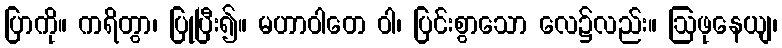
ပြာကို။ ကရိတွာ၊ ပြုပြီး၍။ မဟာဝါတေ ဝါ၊ ပြင်းစွာသော လေ၌လည်း။ ဩဖုနေယျ၊